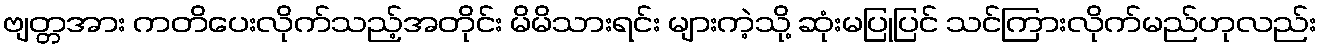
ဗျတ္တအား ကတိပေးလိုက်သည့်အတိုင်း မိမိသားရင်း များကဲ့သို့ ဆုံးမပြုပြင် သင်ကြားလိုက်မည်ဟုလည်း